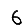
Digit: 6